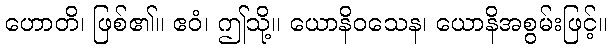
ဟောတိ၊ ဖြစ်၏။ ဧဝံ၊ ဤသို့။ ယောနိဝသေန၊ ယောနိအစွမ်းဖြင့်။